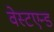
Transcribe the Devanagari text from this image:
वेस्टएन्ड